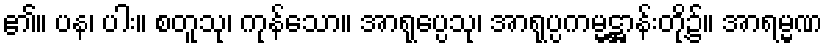
၏။ ပန၊ ပါး။ စတူသု၊ ကုန်သော။ အာရုပ္ပေသု၊ အာရုပ္ပကမ္မဋ္ဌာန်းတို့၌။ အာရမ္မဏ